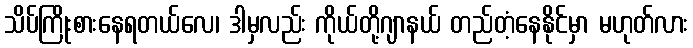
သိပ်ကြိုးစားနေရတယ်လေ၊ ဒါမှလည်း ကိုယ်တို့ဂျာနယ် တည်တံ့နေနိုင်မှာ မဟုတ်လား